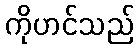
ကိုဟင်သည်